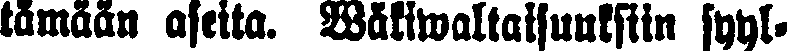
tämään aseita. Wäkiwaltaisuuksiin syyl-